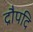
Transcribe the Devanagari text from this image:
द्रौपदि